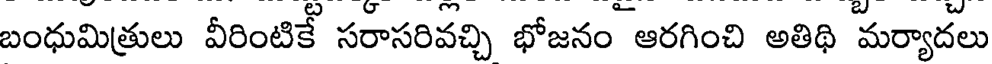
బంధుమిత్రులు వీరింటికే సరాసరివచ్చి భోజనం ఆరగించి అతిథి మర్యాదలు